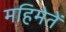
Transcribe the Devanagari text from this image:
महिमेतें